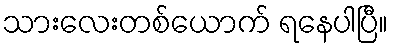
သားလေးတစ်ယောက် ရနေပါပြီ။